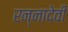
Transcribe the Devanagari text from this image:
रन्‍नादेवी